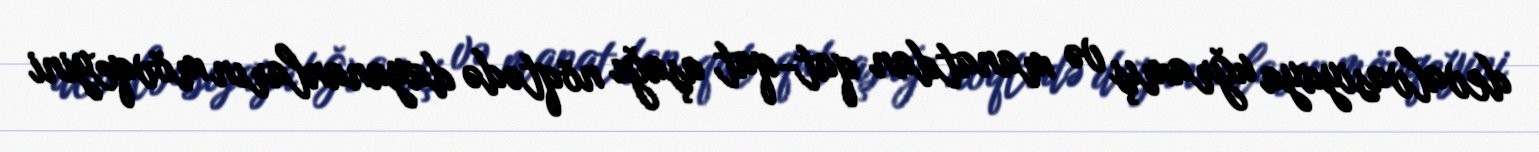
devalvasiyaya uğramış və manatdan qat-qat aşağı nöqtədə dayananların mövqeyini